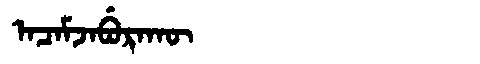
Manchu: ᠠᠴᠠᠮᠵᠠᠪᡠᡵᠠᡴᡡ
Romanization: ACAMJABURAKŪ